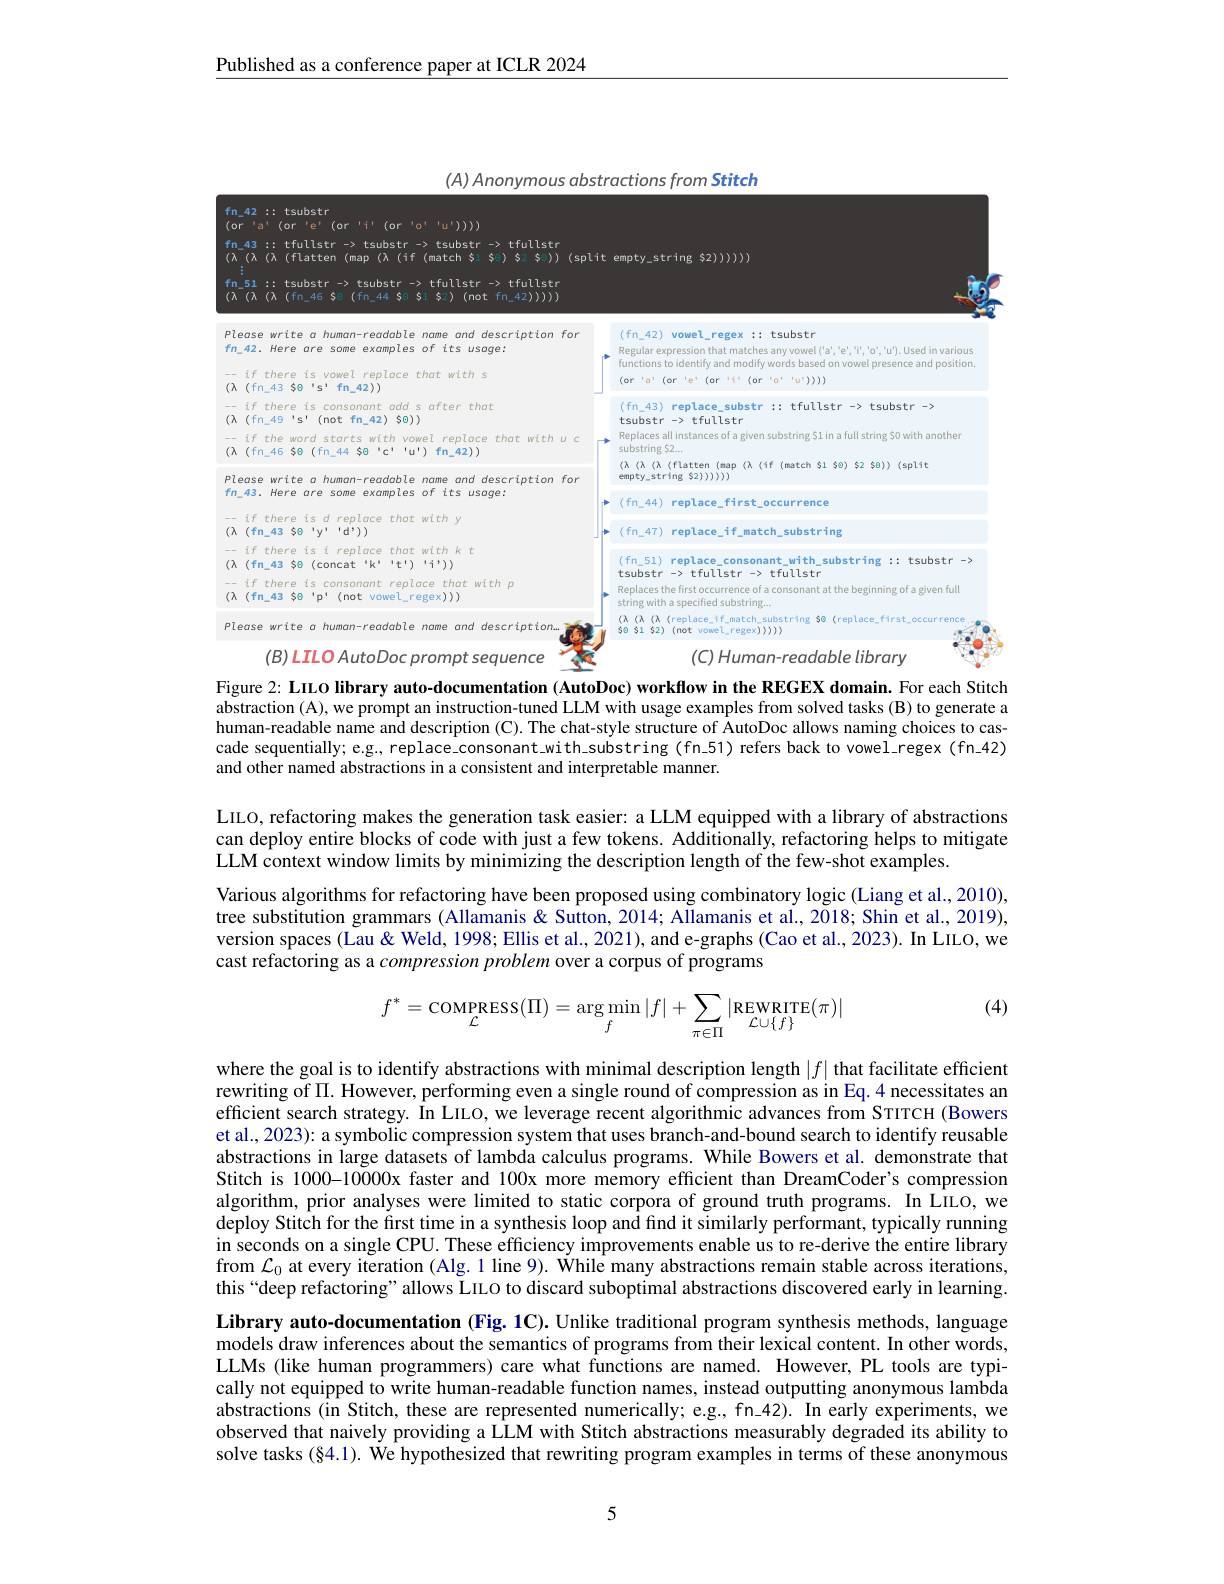
Published as a conference paper at ICLR 2024

<FigureHere>

Figure 2: LILO library auto-documentation (AutoDoc) workflow in the REGEX domain. For each Stitch

abstraction (A),we prompt an instruction-tuned LLM with usage examples from solved tasks (B) to generate a human-readable name and description (C). The chat-style structure of AutoDoc allows naming choices to cascade sequentially; e.g., replace\_consonant-with\_substring(fn.51) refers back to vowel\_regex(fn\_42) and other named abstractions in a consistent and interpretable manner.

LIIO, refactoring makes the generation task easier: a LLM equipped with a library of abstractions can deploy entire blocks of code with just a few tokens. Additionally, refactoring helps to mitigate LLM context window limits by minimizing the description length of the few-shot examples.
Various algorithms for refactoring have been proposed using combinatory logic (Liang et al., 2010), tree substitution grammars (Allamanis&Sutton, 2014; Allamanis et al., 2018; Shin et al., 2019), version spaces (Lau & Weld, 1998; Ellis et al., 2021), and e-graphs (Cao et al., 2023). In LILO, we cast refactoring as a compression problem over a corpus of programs

(4)
$$f^*=\underset{\mathcal L}{\text{COMPRESS}}(\Pi)=\underset{f}{\text{arg}\operatorname*{min}}|f|+\sum_{\pi\in\Pi}|\underset{\mathcal L\cup\{f\}}{\text{REWRITE}}(\pi)|$$
where the goal is to identify abstractions with minimal description length $|f|$ that facilitate efficient rewriting of $\Pi.$ However, performing even a single round of compression as in Eq. 4 necessitates an efficient search strategy. In LILO, we leverage recent algorithmic advances from STITCH (Bowers et al., 2023): a symbolic compression system that uses branch-and-bound search to identify reusable abstractions in large datasets of lambda calculus programs. While Bowers et al. demonstrate that Stitch is 1000-10000x faster and 100x more memory efficient than DreamCoder's compression algorithm, prior analyses were limited to static corpora of ground truth programs. In LILO, we deploy Stitch for the first time in a synthesis loop and find it similarly performant, typically running in seconds on a single CPU. These efficiency improvements enable us to re-derive the entire library from $\mathcal{L} _0$ at every iteration ( Alg. 1 line 9) . While many abstractions remain stable across iterations, this“deep refactoring” allows LILO to discard suboptimal abstractions discovered early in learning. Library auto-documentation (Fig. 1C). Unlike traditional program synthesis methods, language models draw inferences about the semantics of programs from their lexical content. In other words, LLMs (like human programmers) care what functions are named. However, PL tools are typically not equipped to write human-readable function names, instead outputting anonymous lambda abstractions (in Stitch, these are represented numerically; e.g., fn\_42). In early experiments, we observed that naively providing a LLM with Stitch abstractions measurably degraded its ability to solve tasks (§4.1). We hypothesized that rewriting program examples in terms of these anonymous

5